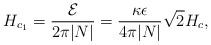
LaTeX: \begin{align*}H_{c_1}={{\cal E}\over 2\pi|N|}={\kappa\epsilon\over 4\pi|N|}\sqrt{2}H_{c},\end{align*}